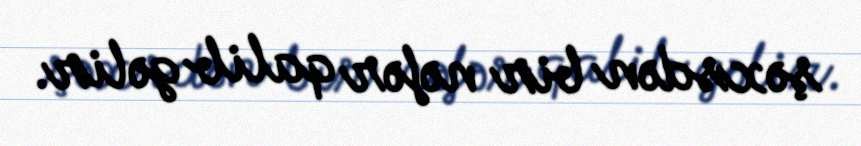
şəxsdən bir nəfər qalib gəlir.